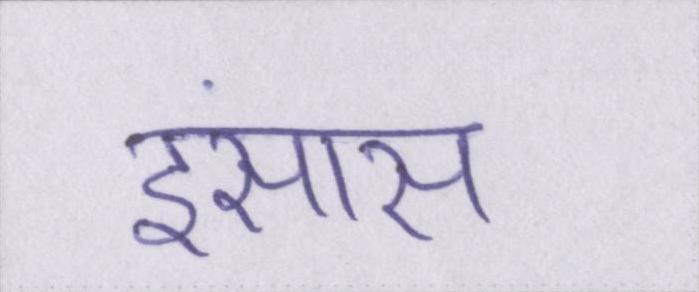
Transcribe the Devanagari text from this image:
इंसास